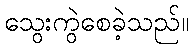
သွေးကွဲစေခဲ့သည်။